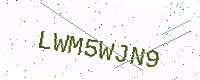
Text: LWM5WJN9